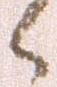
候